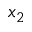
x _ { 2 }